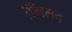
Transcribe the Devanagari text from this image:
मििलद